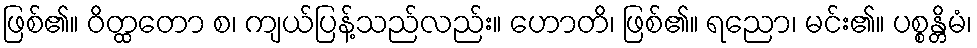
ဖြစ်၏။ ဝိတ္ထတော စ၊ ကျယ်ပြန့်သည်လည်း။ ဟောတိ၊ ဖြစ်၏။ ရညော၊ မင်း၏။ ပစ္စန္တိမံ၊